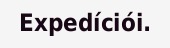
Expedíciói.